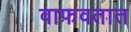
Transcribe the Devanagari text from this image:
वाफवतात